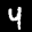
Label: 4